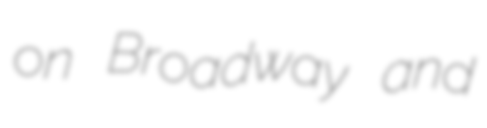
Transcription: on Broadway and